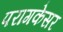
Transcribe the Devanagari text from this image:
परागकेसर